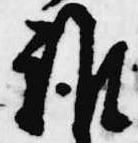
雑